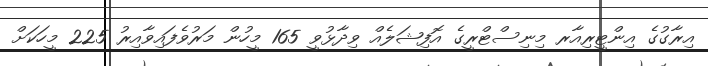
އިރާގުގެ އިންޓީރިއާރ މިނިސްޓްރީގެ އޮފިޝަލެއް ވިދާޅުވީ 165 މީހުން މަރުވެފައިވާއިރު 225 މީހަކަށް